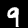
Label: 9